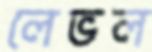
লেভল